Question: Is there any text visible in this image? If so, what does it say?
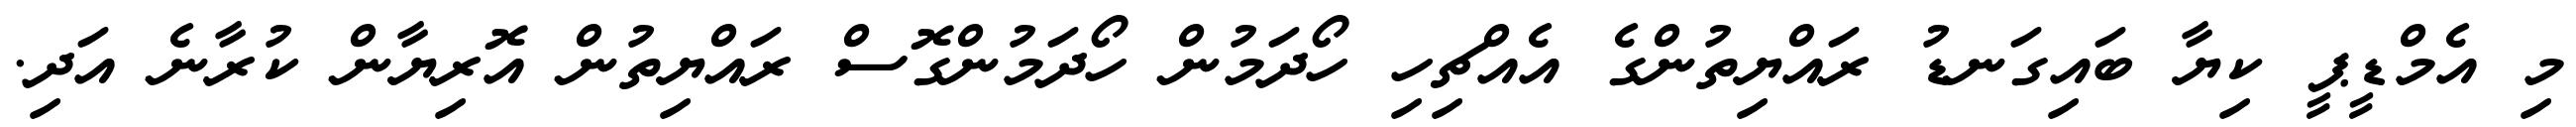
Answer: މި އެމްޑީޕީ ކިޔާ ބައިގަނޑު ރައްޔިތުންގެ އެއްޗިހި ހޯދަމުން ހޯދަމުންގޮސް ރައްޔިތުން އޮރިޔާން ކުރާނެ އަދި.